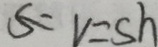
s = v = s h